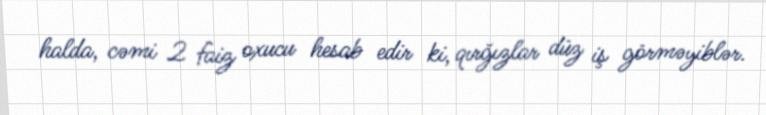
halda, cəmi 2 faiz oxucu hesab edir ki, qırğızlar düz iş görməyiblər.